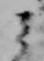
ミ